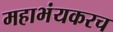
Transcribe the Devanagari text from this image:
महाभंयकरच